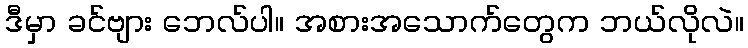
ဒီမှာ ခင်ဗျား ဘေလ်ပါ။ အစားအသောက်တွေက ဘယ်လိုလဲ။